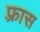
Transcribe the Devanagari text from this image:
फ़्रास